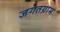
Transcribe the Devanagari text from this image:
जगतग्राम